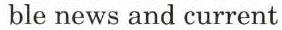
 ble news and current